Report on vaccination in Madras 1877-1894 - 1877-1894
Year: 1877
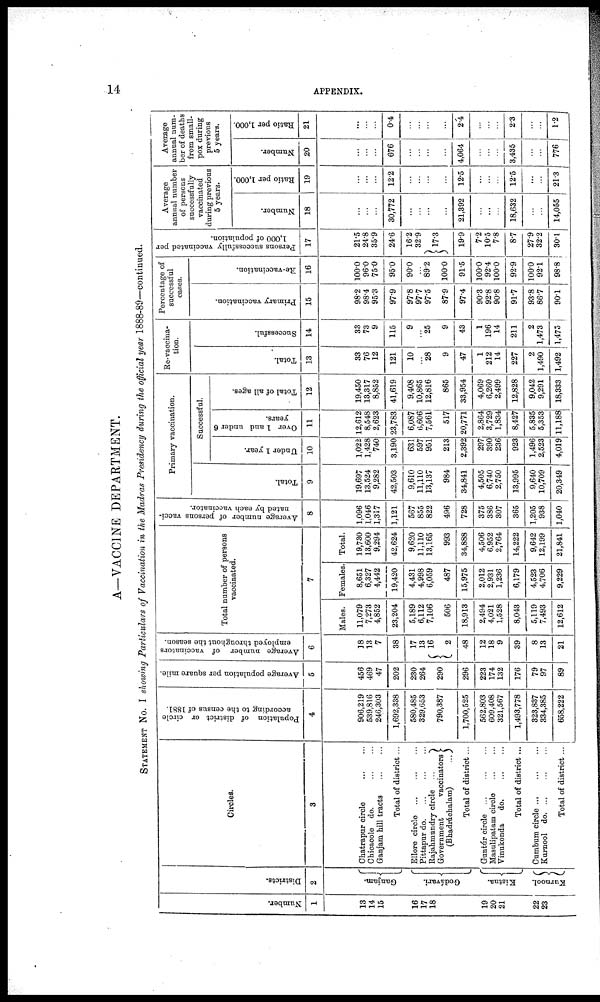
14
APPENDIX.
A—VACCINE DEPARTMENT.
STATEMENT No. I showing Particulars of Vaccination in the Madras Presidency during the official year 1888-89—continued.
Number.
1
13
14
15
16
17
18
19
20
21
22
23
Districts.
2
Ganjam.
Godávari.
Kistna.
Kurnool.
Circles.
3
Chatrapur circle
...
...
Chicacole do.
...
...
Ganjam hill tracts ... ...
Total of district ...
Ellore circle
...
...
...
Pittapur d
o
. ... ... ...
Rajahmundry circle ...
Government
vaccinators
(Bhadráchalam)
...
Total of district ...
Guntúr circle
...
...
...
Masulipatam circle
...
...
Vinukonda
do. ... ...
Total of district...
Cumbum circle
...
...
...
Kurnool d
o
. ... ... ...
Total of district...
Population of district or circle
according to the census of 1881.
4
906,219
539,816
246,303
1,692,338
580,485
329,653
790,387
1,700,525
562,803
609,408
321,567
1,493,778
323,837
334,385
658,222
Average population per square mile.
5
456
469
47
202
230
264
290
296
223
174
132
176
79
97
89
Average number of vaccinators
employed throughout the season.
6
18
13
7
38
17
13
16
2
48
12
18
9
39
8
13
21
Total number of persons
vaccinated.
7
Males.
11,079
7,273
4,852
23,204
5,189
6,112
7,106
506
18,913
2,494
4,021
1,528
8,043
5,119
7,493
12,612
Females
8,651
6,327
4,442
19,420
4,431
4,998
6,059
487
15,975
2,012
2,931
1,236
6,179
4,523
4,706
9,229
Total.
19,730
13,600
9,294
42,624
9,620
11,110
13,165
993
34,888
4,506
6,952
2,764
14,222
9,642
12,199
21,841
Average number of persons vacci-
nated by each vaccinator.
8
1,096
1,046
1,317
1,121
567
855
822
496
728
375
386
307
365
1,205
938
1,040
Primary vaccination.
Total.
9
19,697
13,524
9,282
42,503
9,610
11,110
13,137
984
34,841
4,505
6,740
2,750
13,995
9,640
10,709
20,349
Successful.
Under 1 year.
10
1,022
1,428
740
3,190
631
597
951
213
2,392
297
390
236
923
1,496
2,523
4,019
Over 1 and under 6
years.
11
12,612
8,548
2,623
23,783
6,087
6,606
7,561
517
20,771
2,864
3,729
1,834
8,427
5,835
5,353
11,188
Total of all ages.
12
19,450
13,317
8,852
41,619
9,408
10,865
12,816
865
33,954
4,069
6,260
2,499
12,828
9,042
9,291
18,333
Re-vaccina-
tion.
Total.
13
33
76
12
121
10
...
28
9
47
1
212
14
227
2
1,490
1,492
Successful.
14
33
73
9
115
9
...
25
9
43
1
196
14
211
2
1,473
1,475
Percentage of
successful
cases.
Primary vaccination.
15
98.2
98.4
95.3
97.9
97.8
97.7
97.5
87.9
97.4
90.3
92.8
90.8
91.7
93.8
86.7
90.1
Re-vaccination.
16
100.0
96.0
75.0
95.0
90.0
...
89.2
100.0
91.5
100.0
92.4
100.0
92.9
100.0
92.1
98.8
Persons successfully vaccinated per
1,000 of population.
17
21.5
24.8
35.9
24.6
16.2
32.9
17.3
19.9
7.2
10.5
7.8
8.7
27.9
32.2
30.1
Average
annual number
of persons
successfully
vaccinated
during previous
5 years.
Number.
18
...
...
...
30,772
...
...
...
...
21,392
...
...
...
18,632
...
...
14,055
Ratio per 1,000.
19
...
...
...
12.2
...
...
...
...
12.5
...
...
...
12.5
...
...
21.3
Average
annual num¬
ber of deaths
from small-
pox during
previous
5 years.
Number.
20
...
...
...
676
...
...
...
...
4,064
...
...
...
3,435
...
...
776
Ratio per 1,000.
21
...
...
...
0.4
...
...
...
...
2.4
...
...
...
2.3
...
...
1.2